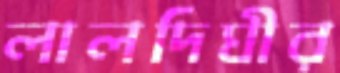
লালদিঘীর